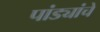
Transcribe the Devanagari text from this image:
पांड्यांचे